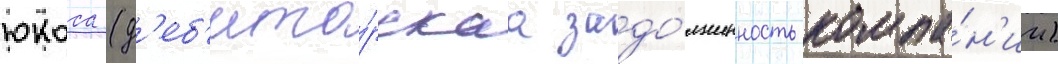
юкоса (д'еб'ито́рскаа задо́лженность компа́н'ии)